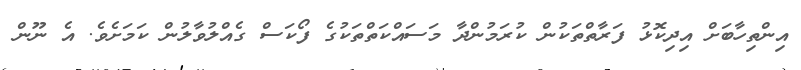
އިންތިހާބަށް އިދިކޮޅު ފަރާތްތަކުން ކުރަމުންދާ މަސައްކަތްތަކުގެ ފޯކަސް ގެއްލުވާލުން ކަމަށެވެ. އެ ނޫން